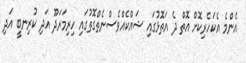
އެންމެ އެކަހެރިކޮށް އޮތް ދެ އަތޮޅުގައި ޝައްކެއްވެސްނެތްގޮތުގައި ހިރިމަރަދޫ އަދި ކުރިނބީ އަދި